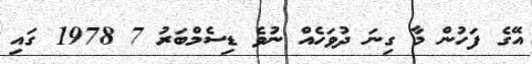
އޭގެ ފަހުން މާ ގިނަ ދުވަހެއް ނުވެ ޑިސެމްބަރު 7 1978 ގައި